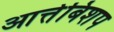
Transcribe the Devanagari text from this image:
आर्त्तबिशप